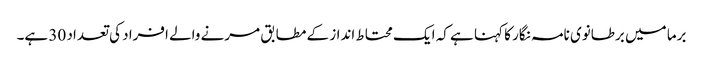
برما میں برطانوی نامہ نگار کا کہنا ہے کہ ایک محتاط انداز کے مطابق مرنے والے افراد کی تعداد 30 ہے۔